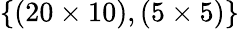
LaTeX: \{ (20\times 10),(5\times 5)\}